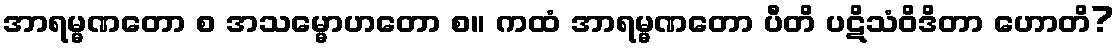
အာရမ္မဏတော စ အသမ္မောဟတော စ။ ကထံ အာရမ္မဏတော ပီတိ ပဋိသံဝိဒိတာ ဟောတိ?